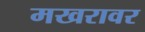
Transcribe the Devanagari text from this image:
मखरावर